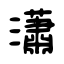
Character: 瀟